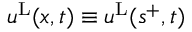
u ^ { \mathrm { L } } ( x , t ) \equiv u ^ { \mathrm { L } } ( s ^ { + } , t )